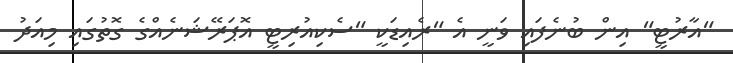
"އާރުޓީ" އިން ބުނެފައި ވަނީ އެ "ރެއިޑަކީ "ސެކިއުރިޓީ އޮޕަރޭޝަނެއްގެ ގޮތުގައި މިއަދު